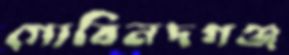
গোবিনদগঞ্জ